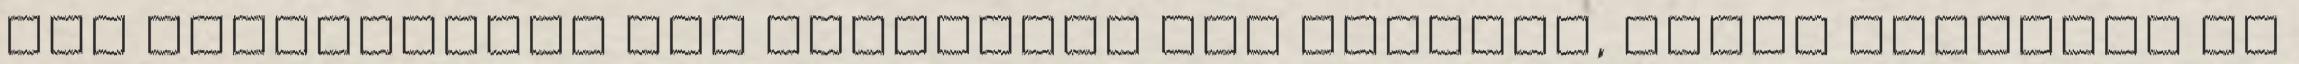
egy megvásárolt ESO példányra van szükség, netes elérésre és